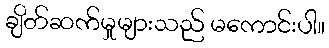
ချိတ်ဆက်မှုများသည် မကောင်းပါ။